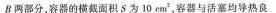
B两部分，容器的横截面积S为10cm^{2}，容器与活塞均导热良